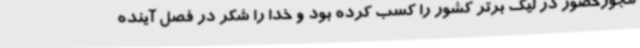
مجوزحضور در لیگ برتر کشور را کسب کرده بود و خدا را شکر در فصل آینده